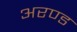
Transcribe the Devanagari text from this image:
अरण्ड